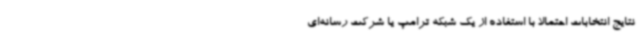
نتایج انتخابات احتمالا با استفاده از یک شبکه ترامپ یا شرکت رسانه‌ای